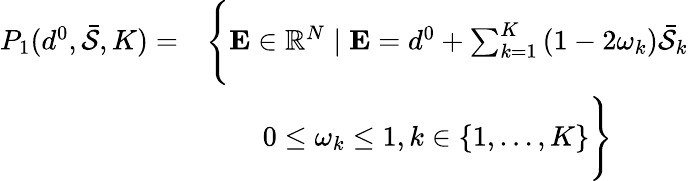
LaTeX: \begin{array}{rl}{P_{1}(d^{0},\bar{\mathcal{S}},K)=}&{\Bigg\{ \mathbf{E}\in\mathbb{R}^{N}\mid\mathbf{E}=d^{0}+\sum_{k=1}^{K}\left(1-2\omega_{k}\right)\bar{\mathcal{S}}_{k}}\\ &{\qquad 0\leq\omega_{k}\leq 1,k\in\{ 1,\ldots,K\} \Bigg\} }\end{array}